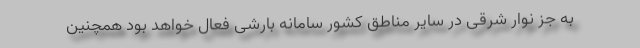
به جز نوار شرقی در سایر مناطق کشور سامانه بارشی فعال خواهد بود همچنین